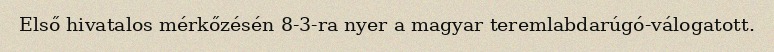
Első hivatalos mérkőzésén 8-3-ra nyer a magyar teremlabdarúgó-válogatott.